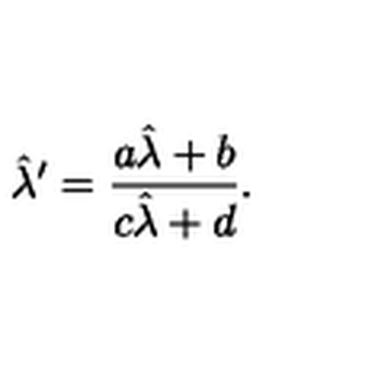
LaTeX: \hat { \lambda } ^ { \prime } = \frac { a \hat { \lambda } + b } { c \hat { \lambda } + d } .